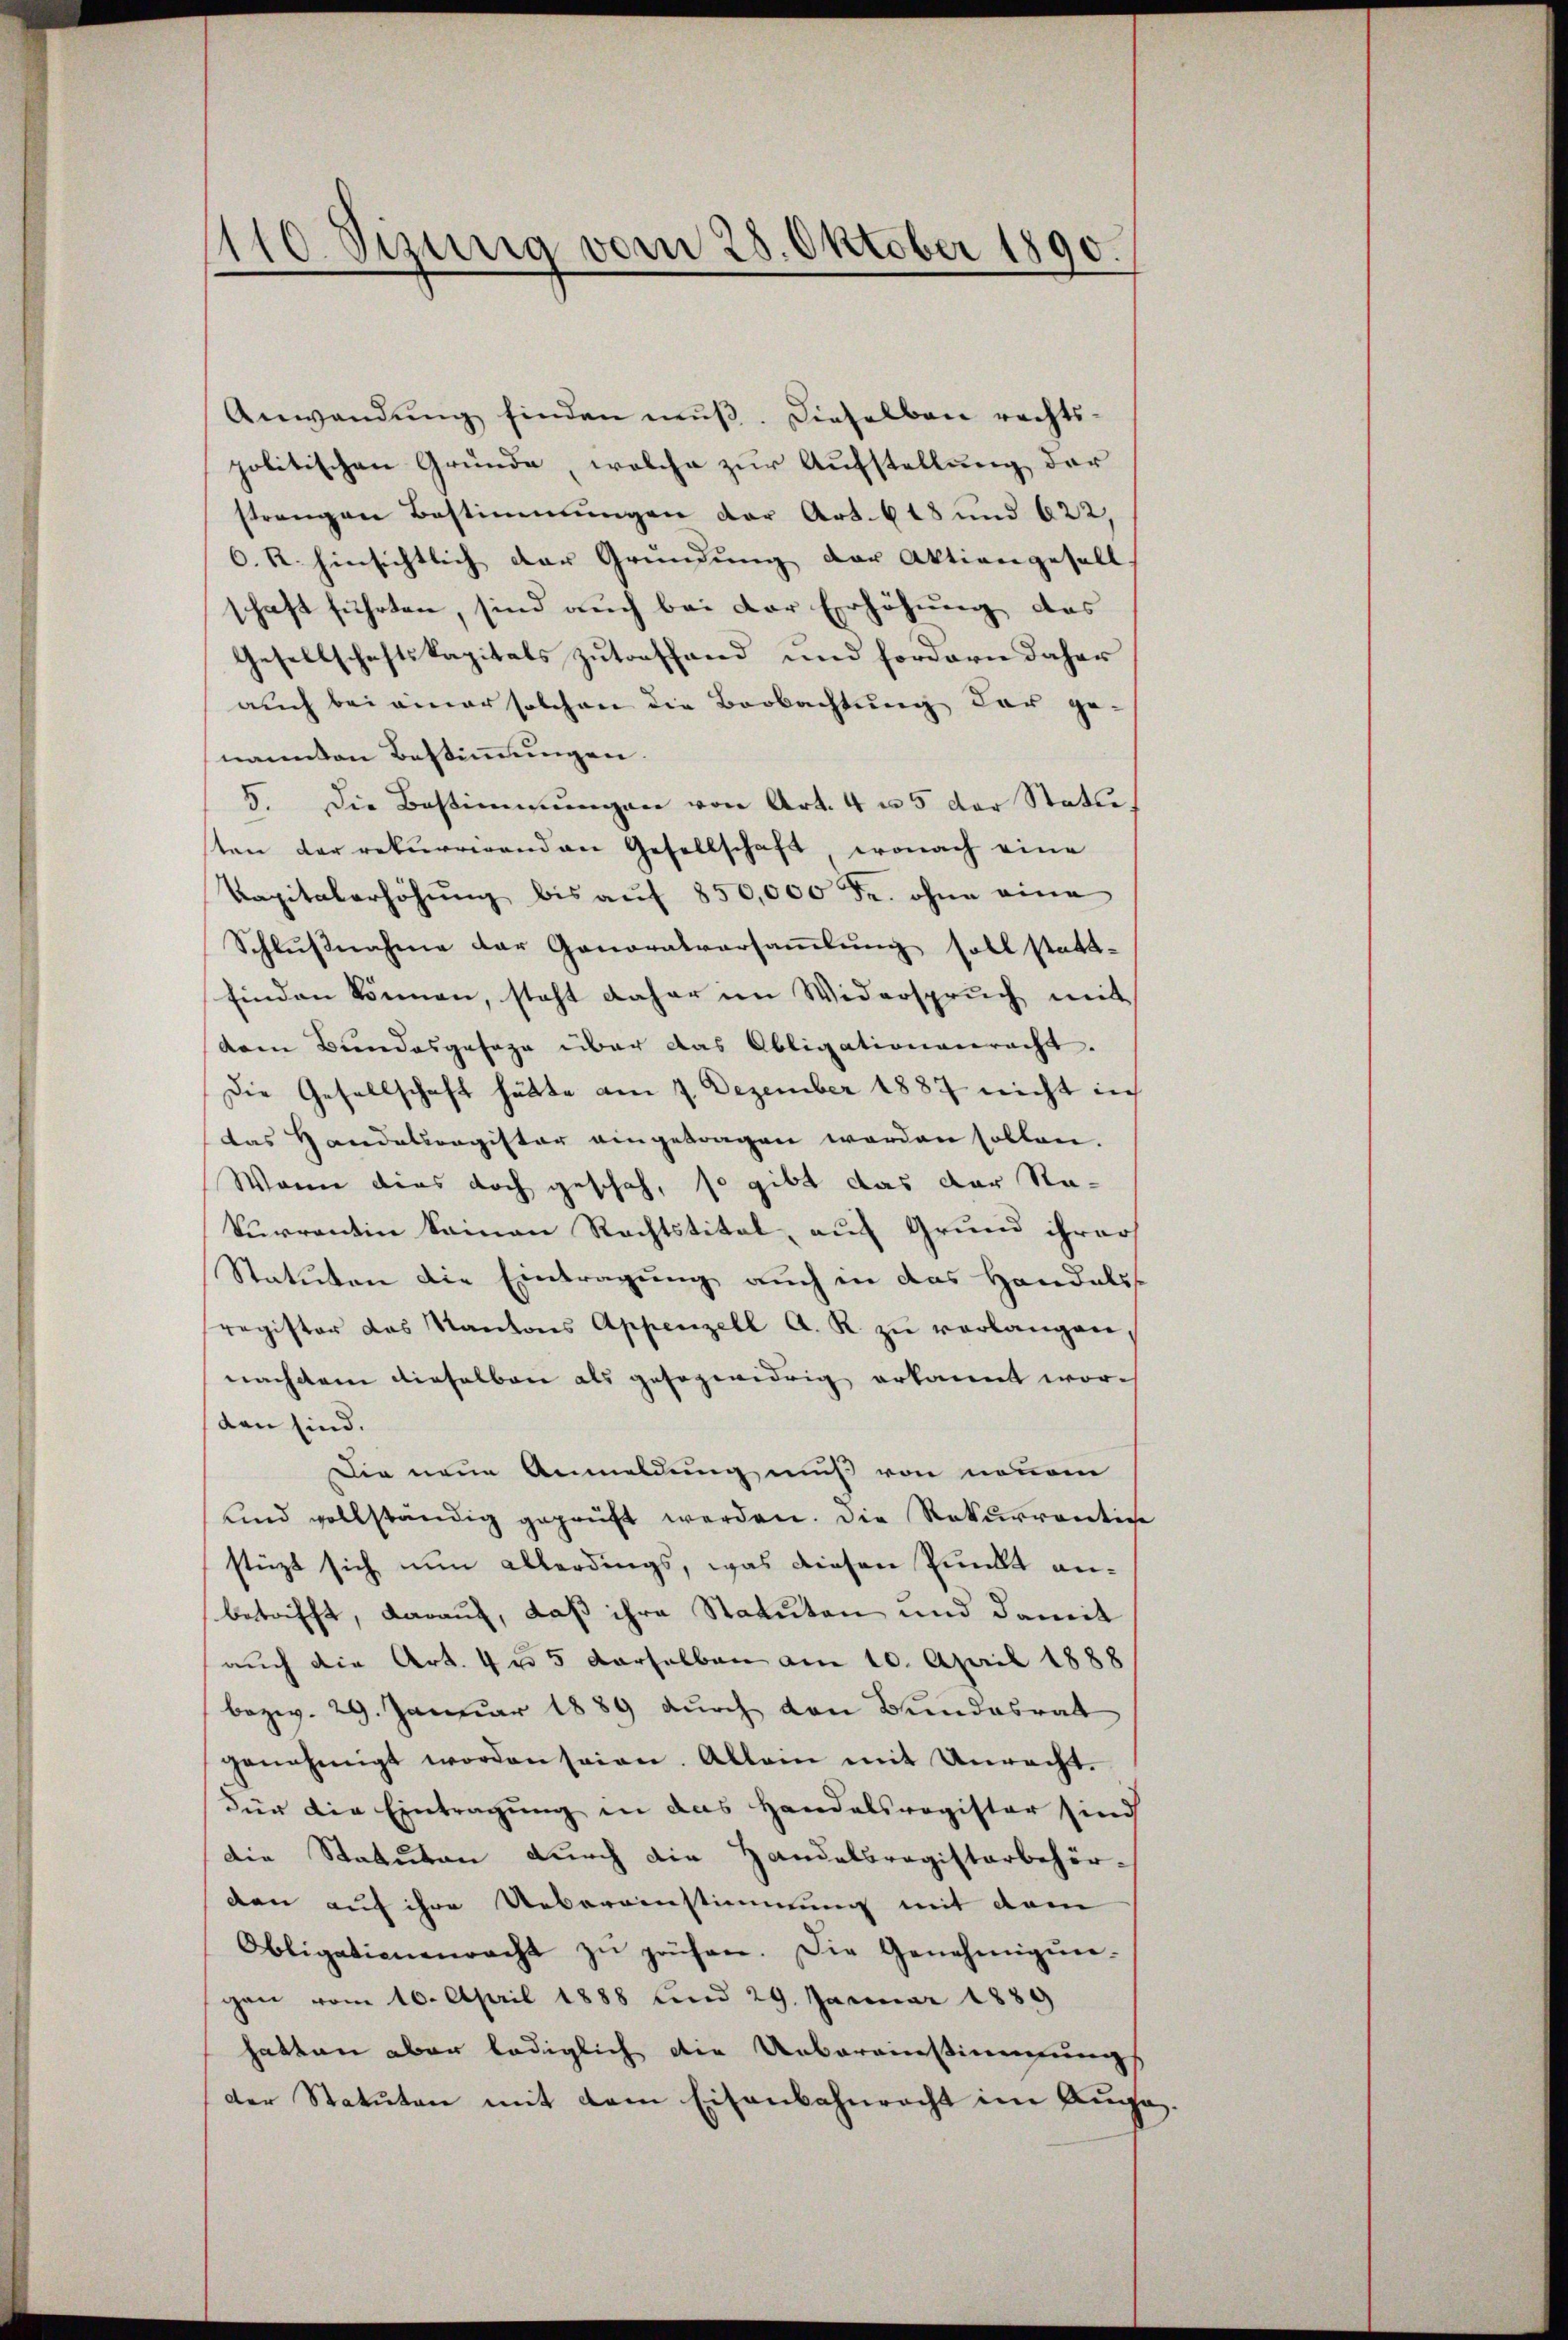
1410 Sizung vom 28. Oktober 1890.

Anwendŭng finden mŭβ. Dieselben rechts-
politischen Gründe, welche zur Aufstellung der
strengen Bestimmungen der Art. 618 und 622,
C. R. hinsichtlich der Gründung der Aktiengesell
schaft führten, sind auch bei der Erhöhung des
Gesellschaftskapitals zutreffend und fordern daher
auch bei einer solchen die Beobachtung der ge-
nannten Bestimmungen.
5. Die Bestimmungen von Art. 4 u. 5 der Statusten der rekurrirenden Gesellschaft, wonach eine
Kapitalerhöhung bis auf 850,000 Fr. ohne eine
Schlußnahme der Generalversammlung soll stattfinden können, steht daher im Widerspruch mit
dem Bundesgesage über das Obligationerracht.
Die Gesellschaft hätte am 7. Dezember 1887 nicht in
das Handelsregister eingetragen werden sollen.
Wann dies doch geschah, so gibt das der Nakurrentin keinen Rechtstitel, auf Grund ihrer
Statuten die Eintragung auch in das Handelss
register das Kantons Appenzell A. R. zŭ verlangen,
nachdem dieselbare als gesezwidrig erkannt worden sind.
Die neue Anmeldung muß von neuer
und vollständig geprüft werden. Die Rekurrentige
stüzt sich nun allerdings, was diesen Punkt anbetrifft, darauf, daß ihre Statuten und damit
auch die Art. 4 u. 5 derselben am 10. April 1888
bezw. 29. Januar 1889 durch den Bundesrat
genehmigt worden seien. Allein mit Unrecht.
Für die Eintragung in das Handelsregister sind
Die Statuten durch die Handelsregistorbehörden auf ihre Uebereinstimmung mit dem
Obligationenracht zŭ prüfen. Die Genehmigŭn-
gen vom 10. April 1888 und 29. Januar 1889
hatten aber lediglich die Uebereinstimmungs
der Statuten mit dem Eisenbahnrecht im Auge.